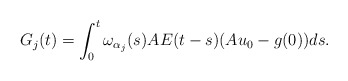
\begin{align*} G_j(t) = \int_0^t \omega_{\alpha_j}(s)AE(t-s)( Au_0 - g(0) )ds. \end{align*}